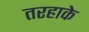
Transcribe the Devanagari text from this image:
तरहाके